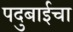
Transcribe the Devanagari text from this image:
पदुबाईचा